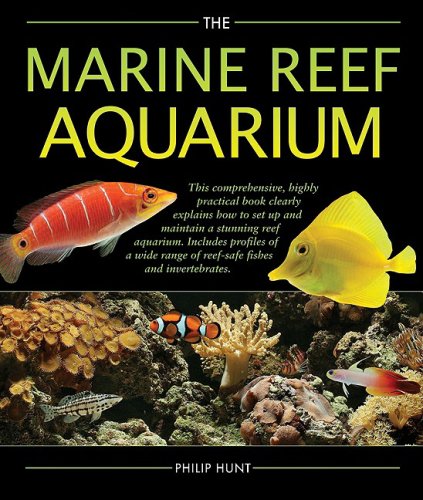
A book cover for The Marine Reef Aquarium; Phil Hunt; Crafts, Hobbies & Home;